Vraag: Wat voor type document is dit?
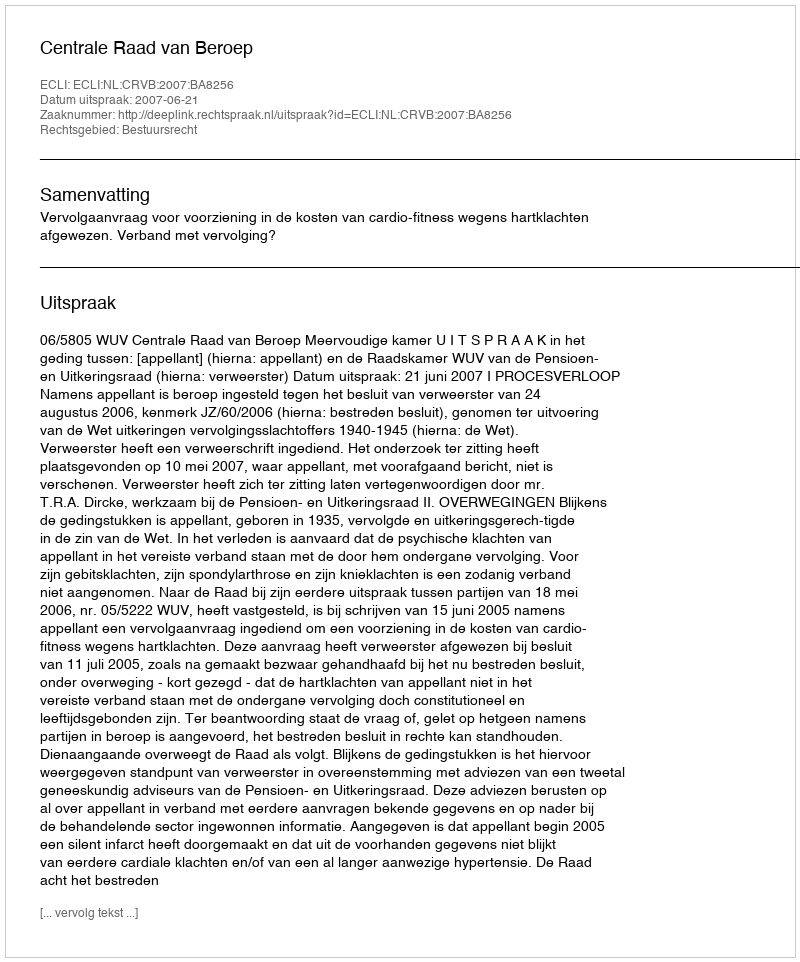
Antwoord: Uitspraak